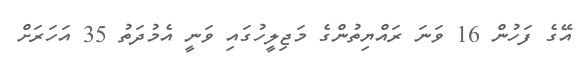
އޭގެ ފަހުން 16 ވަނަ ރައްޔިތުންގެ މަޖިލީހުގައި ވަނީ އެމުދަތު 35 އަހަރަށް